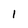
Character: I